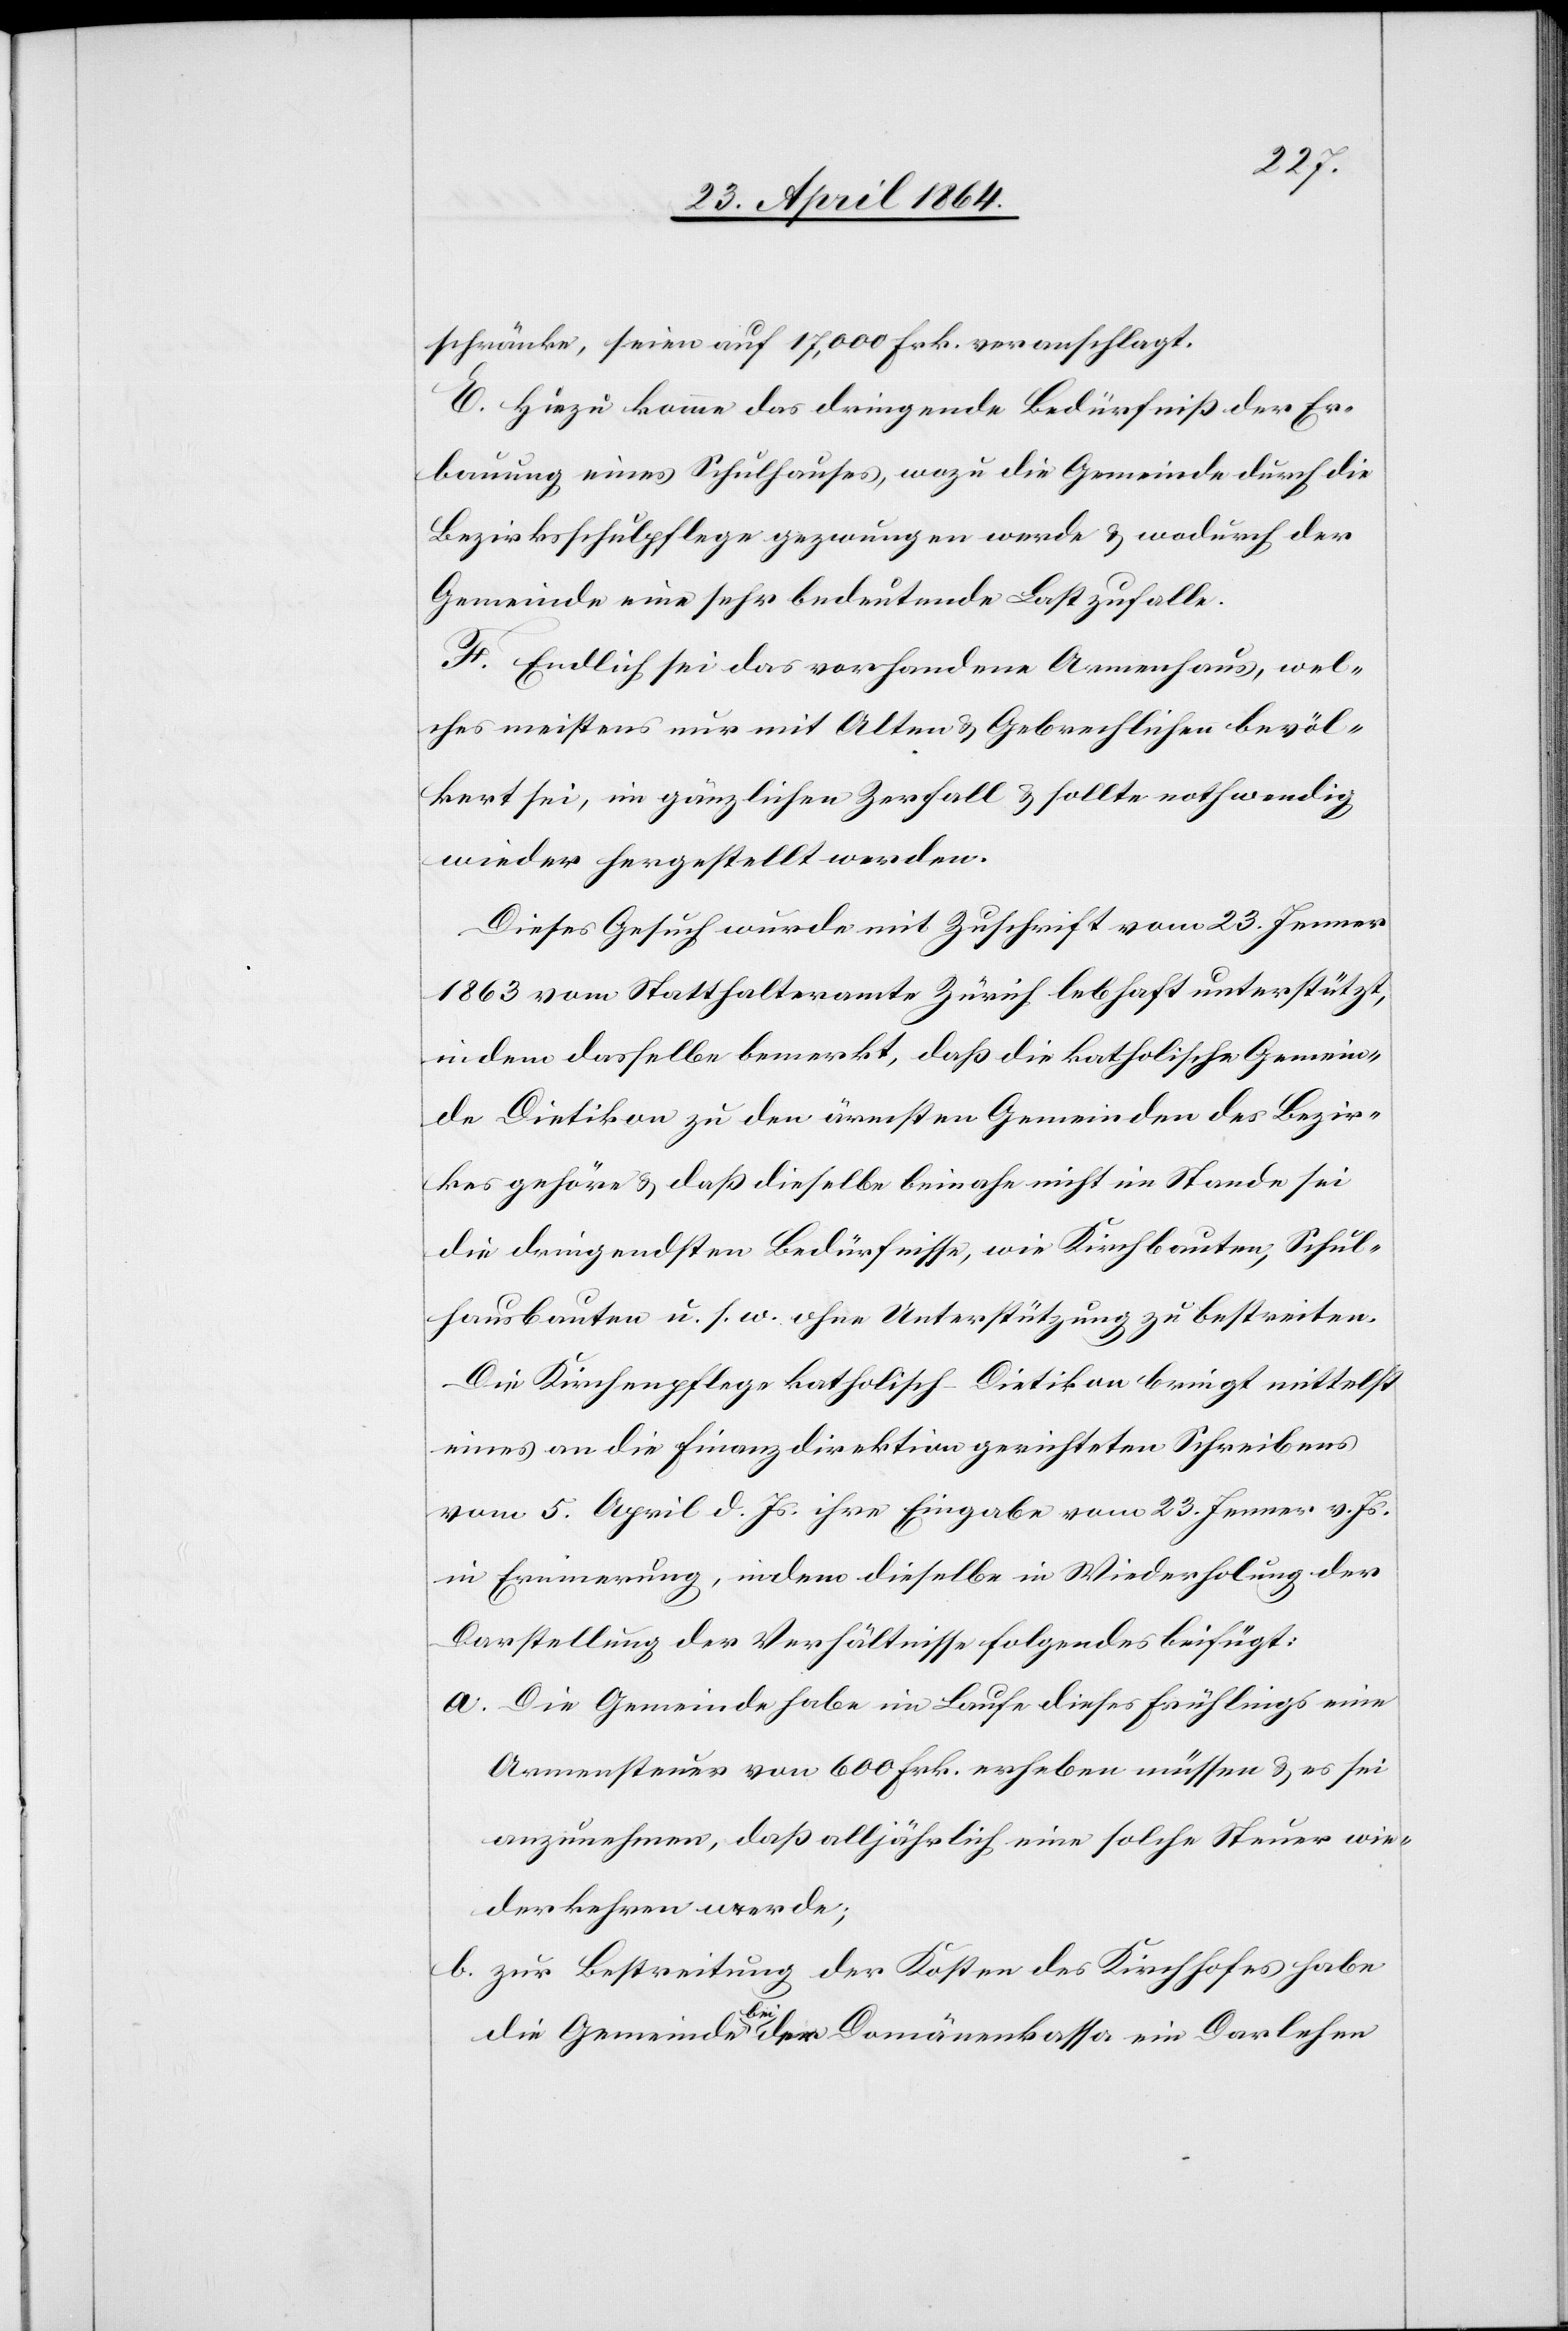
schränke, seien auf 17,000 Frk. veranschlagt.
E. Hiezu komme das dringende Bedürfniß der Er¬
bauung eines Schulhauses, wozu die Gemeinde durch die
Bezirksschulpflege gezwungen werde u. wodurch der
Gemeinde eine sehr bedeutende Last zufalle.
F. Endlich sei das vorhandene Armenhaus, wel¬
ches meistens nur mit Alten u. Gebrechlichen bevöl¬
kert sei, im gänzlichen Zerfall u. sollte nothwendig
wieder hergestellt werden.
Dieses Gesuch wurde mit Zuschrift vom 23. Jenner
1863 vom Statthalteramte Zürich lebhaft unterstützt,
in dem dasselbe bemerkt, daß die katholische Gemein¬
de Dietikon zu den ärmsten Gemeinden des Bezir¬
kes gehöre u. daß dieselbe beinahe nicht im Stande sei
die dringendsten Bedürfnisse, wie Kirchbauten, Schul¬
hausbauten u. s. w. ohne Unterstützung zu bestreiten.
Die Kirchenpflege katholisch-Dietikon bringt mittelst
eines an die Finanzdirektion gerichteten Schreibens
vom 5. April d. Js. ihre Eingabe vom 23. Jenner v. Js.
in Erinnerung, indem dieselbe in Wiederholung der
Darstellung der Verhältnisse folgendes beifügt:
a. Die Gemeinde habe im Laufe dieses Frühlings eine
Armensteuer von 600 Frk. erheben müssen u. es sei
anzunehmen, daß alljährlich eine solche Steuer wie¬
derkehren werde;
b. zur Bestreitung der Kosten des Kirchhofes habe
die Gemeinde bei der Domänenkassa ein Darlehen